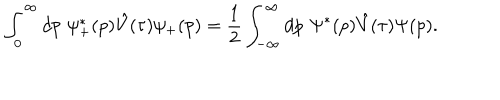
\int _ { 0 } ^ { \infty } d p \, \, \psi _ { + } ^ { * } ( p ) \hat { V } ( \tau ) \psi _ { + } ( p ) = \frac { 1 } { 2 } \int _ { - \infty } ^ { \infty } d p \, \, \Psi ^ { * } ( p ) \hat { V } ( \tau ) \Psi ( p ) .